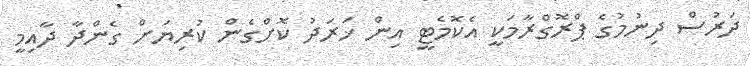
ދަރުސް ދިނުމުގެ ޕްރޮގްރާމަކީ އެކޮމެޓީ އިން ޚަރަދު ކޮށްގެން ކުރިޔަށް ގެންދާ ދާއިމީ